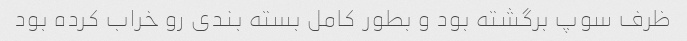
ظرف سوپ برگشته بود و بطور کامل بسته بندی رو خراب کرده بود